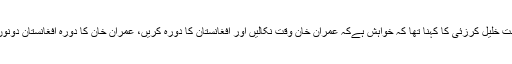
اس موقع پر افغان نائب وزیرخارجہ حکمت خلیل کرزئی کا کہنا تھا کہ خواہش ہےکہ عمران خان وقت نکالیں اور افغانستان کا دورہ کریں، عمران خان کا دورہ افغانستان دونوں ممالک کو قریب لانے میں مدد دے گا۔